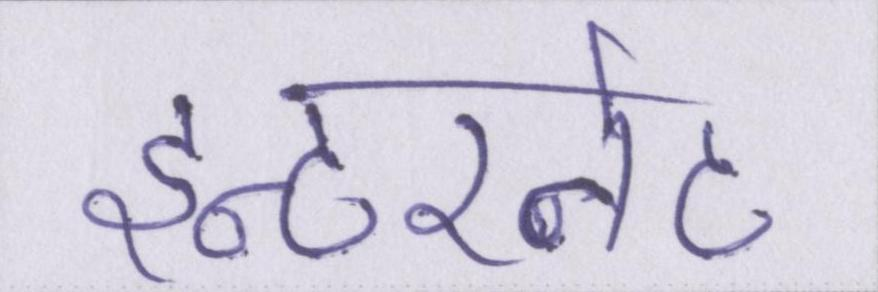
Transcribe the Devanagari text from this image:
इन्टरनेट